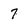
Character: 7